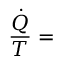
{ \frac { \dot { Q } } { T } } = { }